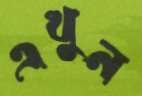
এখুন